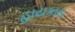
હાયકારા